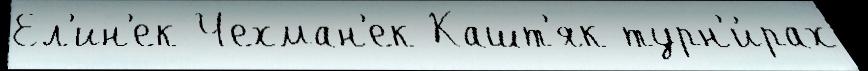
Ел'ин'ек Чехман'ек Кашт'як турн'и́рах